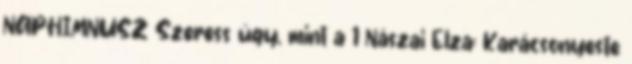
NAPHIMNUSZ Szeress úgy, mint a 1 Nászai Elza: Karácsonyeste